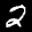
Label: 2